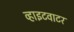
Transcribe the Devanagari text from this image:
व्हाइटवाटर